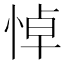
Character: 悼